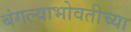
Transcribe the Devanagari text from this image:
बंगल्याभोवतीच्या